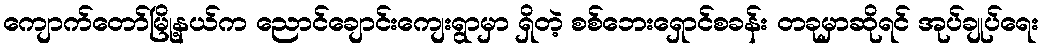
ကျောက်တော်မြို့နယ်က ညောင်ချောင်းကျေးရွာမှာ ရှိတဲ့ စစ်ဘေးရှောင်စခန်း တခုမှာဆိုရင် အုပ်ချုပ်ရေး